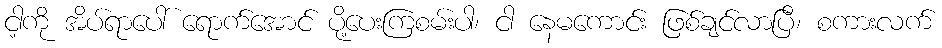
ငါ့ကို အိပ်ရာပေါ် ရောက်အောင် ပို့ပေးကြစမ်းပါ၊ ငါ နေမကောင်း ဖြစ်ချင်လာပြီ၊ စကားလက်